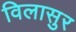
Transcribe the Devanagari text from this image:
विलासुर